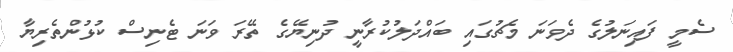
ސެމީ ފައިނަލުގެ ދެވަނަ މެޗުގައި ބައްދަލުކުރާނީ ދުނިޔޭގެ ތޭރަ ވަނަ ޓެނިސް ކުޅުންތެރިޔާ